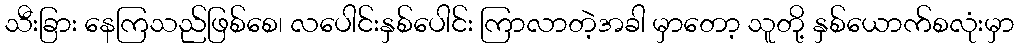
သီးခြား နေကြသည်ဖြစ်စေ၊ လပေါင်းနှစ်ပေါင်း ကြာလာတဲ့အခါ မှာတော့ သူတို့ နှစ်ယောက်စလုံးမှာ